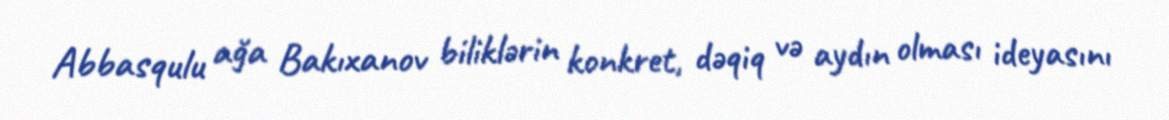
Abbasqulu ağa Bakıxanov biliklərin konkret, dəqiq və aydın olması ideyasını